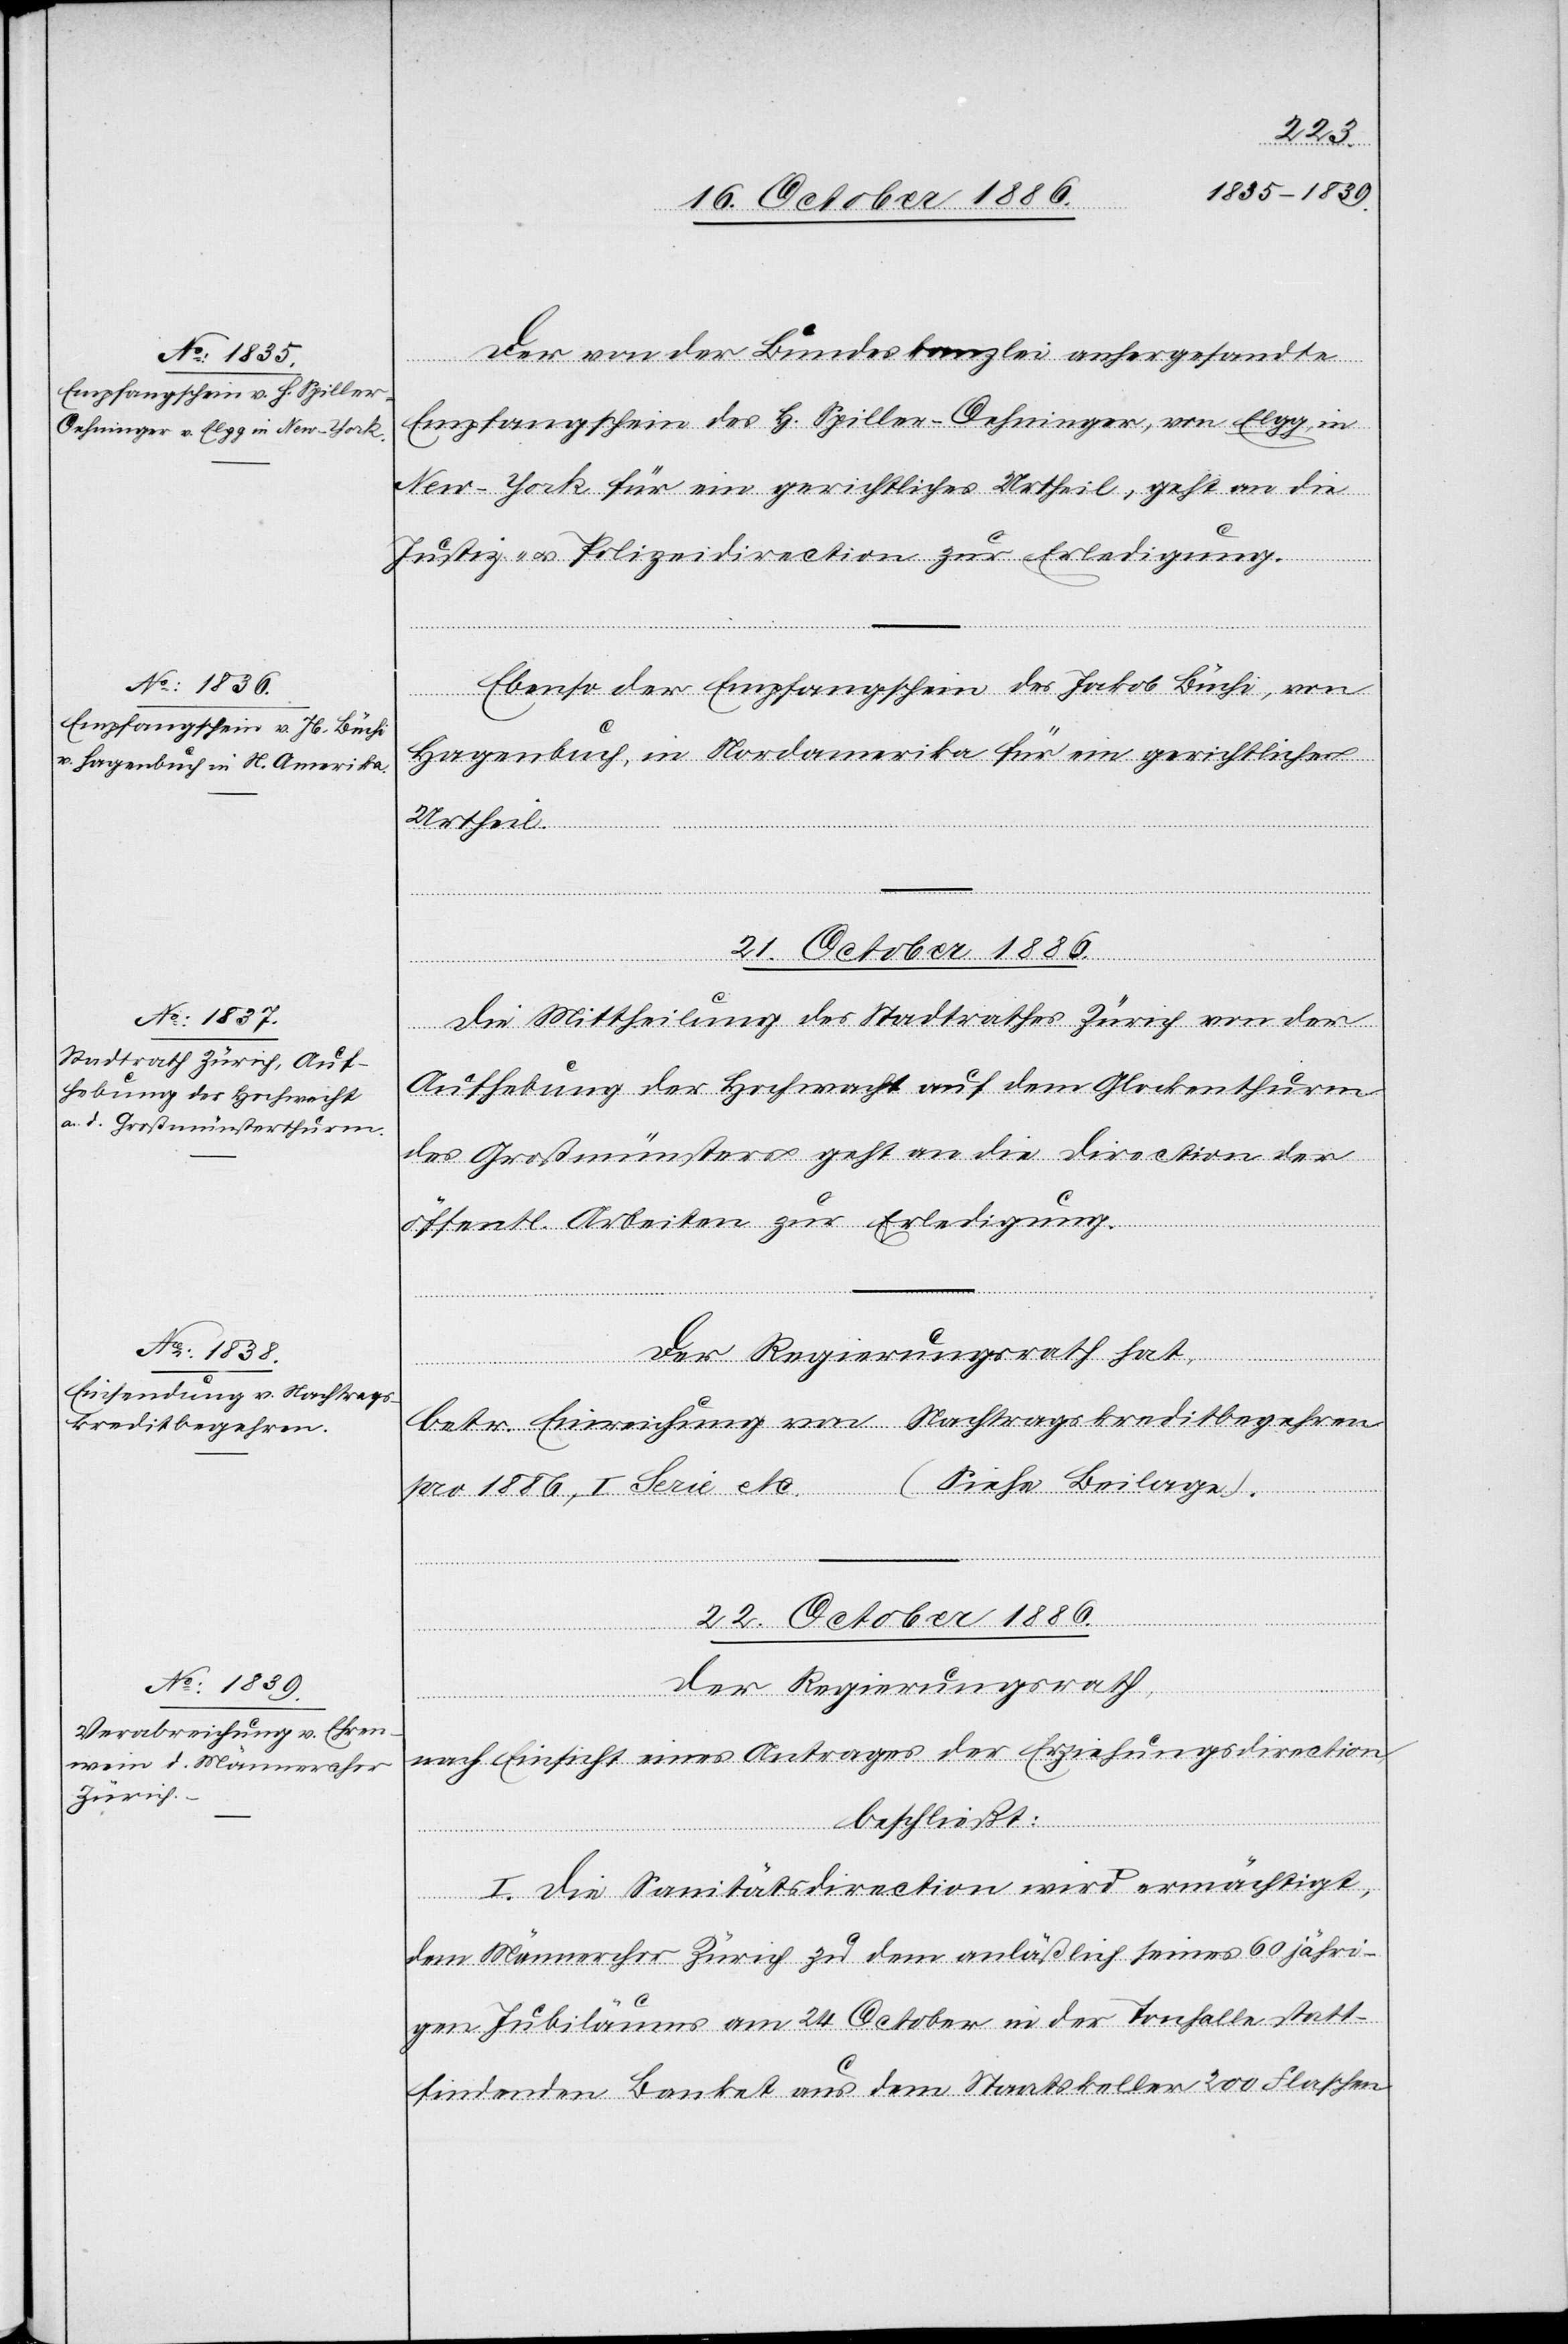
20. October 1886.]
Der von der Bundeskanzlei anhergesandte
Empfangschein des H. Spiller-Oehninger, von Elgg, in
New-York für ein gerichtliches Urtheil, geht an die
Justiz- & Polizeidirection zur Erledigung.
Ebenso der Empfangschein des Jakob Büchi, von
Hagenbuch, in Nordamerika für ein gerichtliches
Urtheil.
21. October 1886.
Die Mittheilung des Stadtrathes Zürich von der
Aufhebung der Hochwacht auf dem Glockenthurm
des Großmünsters geht an die Direction der
öffentl. Arbeiten zur Erledigung.
[Fortsetzung
22. October 1886.
Der Regierungsrath,
nach Einsicht eines Antrages der Erziehungsdirection,
beschließt:
I. Die Sanitätsdirection wird ermächtigt,
dem Männerchor Zürich zu dem anläßlich seines 60jähri¬
gen Jubiläums am 24. October in der Tonhalle statt¬
findenden Banket aus dem Staatskeller 200 Flaschen